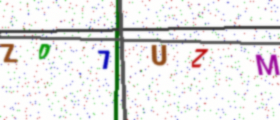
Text: ZD7UZM